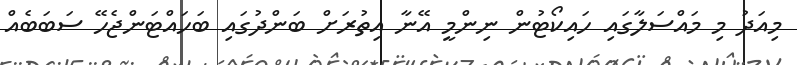
މިއަދު މި މައްސަލާގައި ހައިކޯޓުން ނިންމީ އޭނާ އިތުރަށް ބަންދުގައި ބަހައްޓަންޖެހޭ ސަބަބެއް